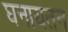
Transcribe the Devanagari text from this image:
घनायतन